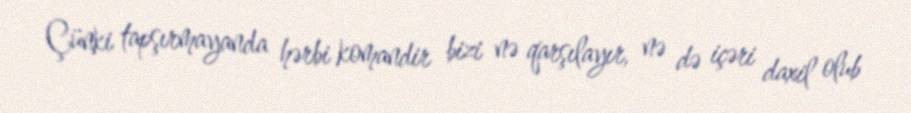
Çünki tapşırmayanda hərbi komandir bizi nə qarşılayır, nə də içəri daxil olub